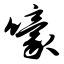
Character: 嚎